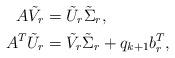
LaTeX: \begin{align*}A\tilde{V}_r &= \tilde{U}_r\tilde{\Sigma}_r, \\A^T\tilde{U}_r &= \tilde{V}_r\tilde{\Sigma}_r+q_{k+1}b_r^T,\end{align*}